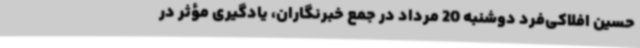
حسین افلاکی‌فرد دوشنبه 20 مرداد در جمع خبرنگاران، یادگیری مؤثر در